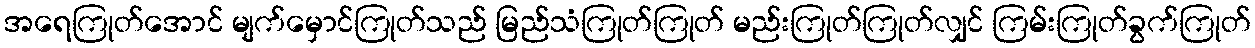
အရေကြုတ်အောင် မျက်မှောင်ကြုတ်သည် မြည်သံကြုတ်ကြုတ် မည်းကြုတ်ကြုတ်လျှင် ကြမ်းကြုတ်ခွက်ကြုတ်